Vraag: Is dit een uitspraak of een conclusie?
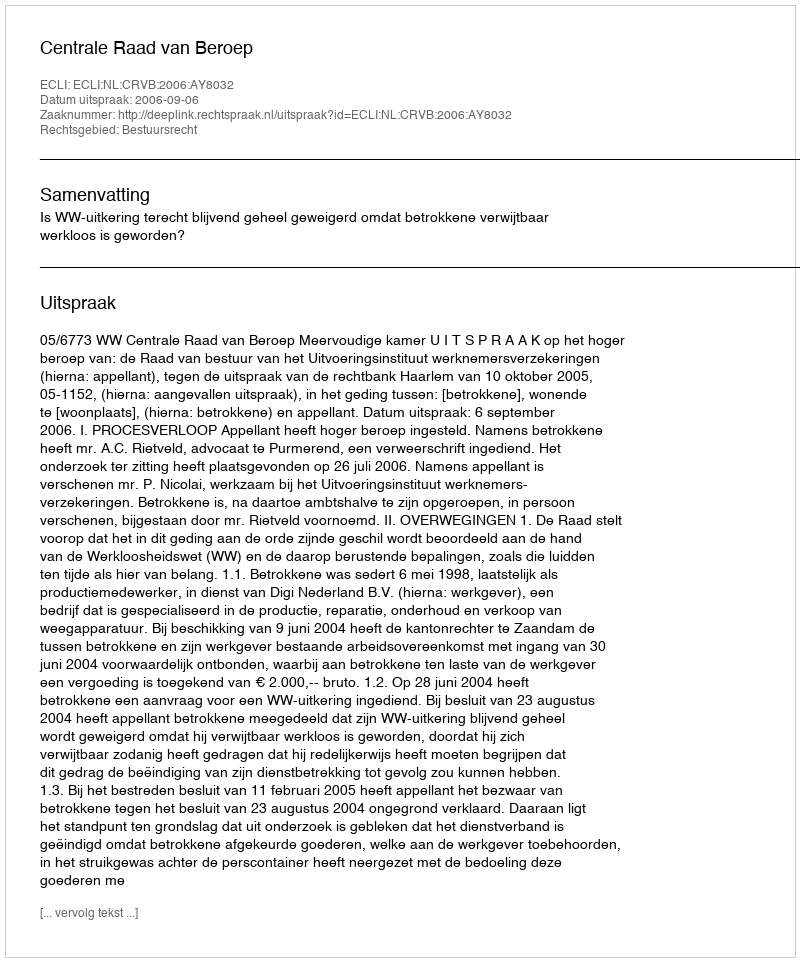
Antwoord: Uitspraak